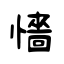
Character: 懎